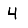
Digit: 4